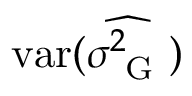
\mathrm { v a r } ( \widehat { \sigma _ { \mathrm { ~ G ~ } } ^ { 2 } } )